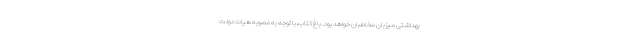
بهداشتی میزبان مخاطبان خواهد بود. باغ کتاب،با توجه به مصوبه هیات دولت